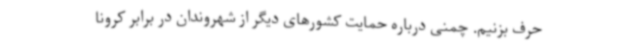
حرف بزنیم. چمنی درباره حمایت کشورهای دیگر از شهروندان در برابر کرونا